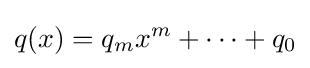
q(x)=q_{m}x^{m}+\dots +q_{0}